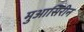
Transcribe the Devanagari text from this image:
मुआसिरीन